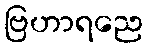
ဗြဟာရညေ